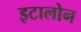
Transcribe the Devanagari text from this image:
इटालोन